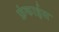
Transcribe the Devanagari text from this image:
फ्रंकाईस